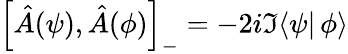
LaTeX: \left[\hat{A}(\psi),\hat{A}(\phi)\right]_{-}=-2i\Im\langle\psi|\, \phi\rangle